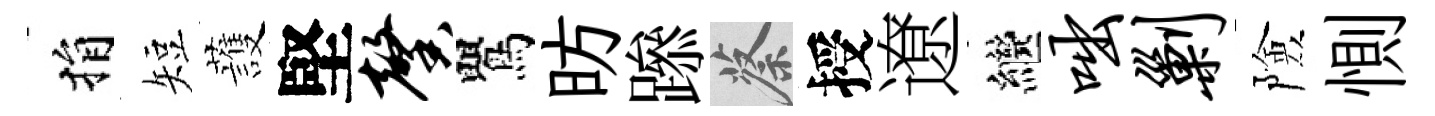
捐短䕶堅馨鸎昉𨅶蔡授遼繼咄剿險惻